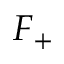
F _ { + }